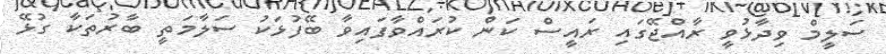
ސަލީމް ވިދާޅުވީ ރާއްޖޭގައި ރައީސް ކަން ކުރައްވާފައިވާ ބޭފުޅަކު ސަލާމަތީ ބާރުތަކާ ގުޅޭ